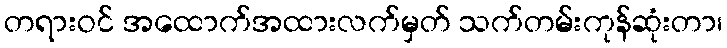
တရားဝင် အထောက်အထားလက်မှတ် သက်တမ်းကုန်ဆုံးတာ၊